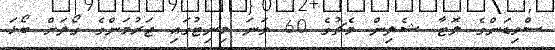
ސްވިޑަންގެ ލޮޓާ ޝެލިން މެޗުގެ 60 ވަނަ މިނިޓުގައި ޖަރުމަންގެ ގޯލަށް ބޯޅަ